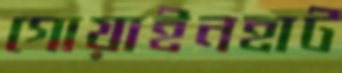
গোয়াইনহাট